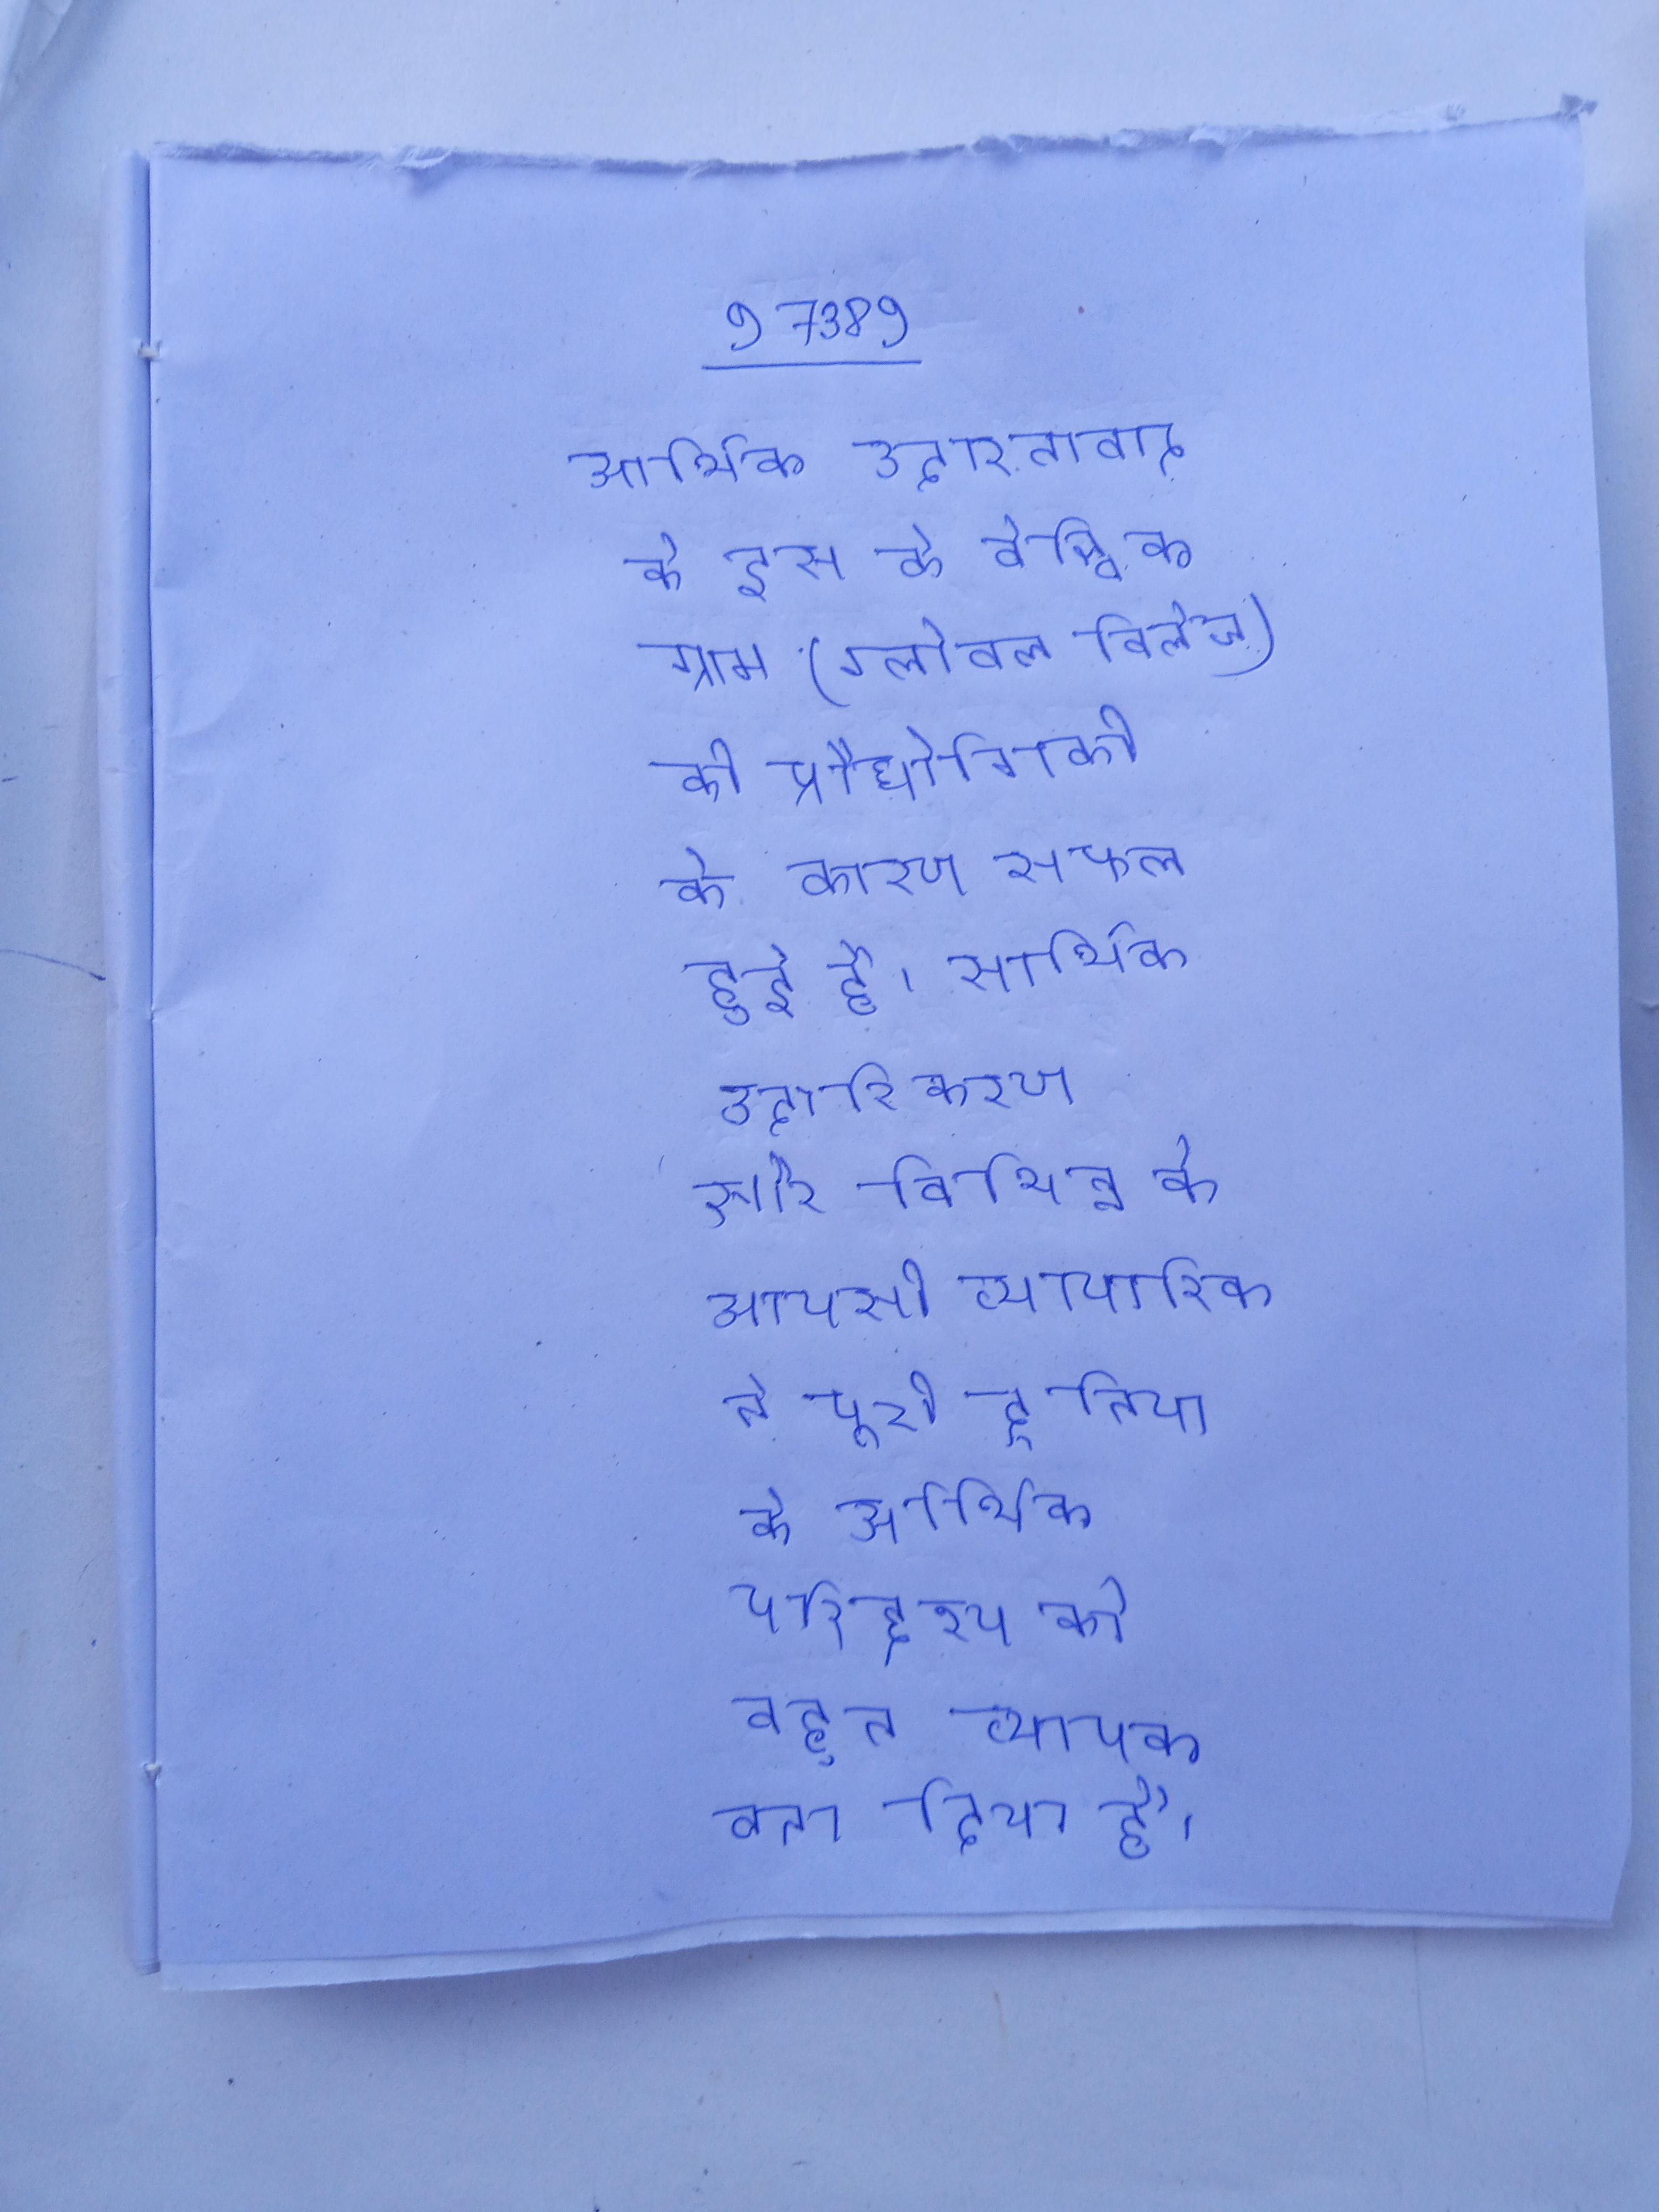
आर्थिक उदारतावाद के इस दौर के वैश्विक ग्राम (ग्लोबल विलेज) की प्रौद्योगिकी के कारण सफल हुई है । आर्थिक उदारीकरण और विभिन्न के आपसी व्यापारिक ने पूरी दुनिया के आर्थिक परिद्दश्य को बहुत व्यापक बना दिया है । आर्थिक उदारीकरण की का फल भारत अपने शिखर तक गया, जब भारत का दर सकल घरेलू उत्पाद विकास दर का की प्राप्त कर गया ।